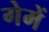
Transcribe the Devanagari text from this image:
गेमें